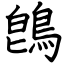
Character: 鵖